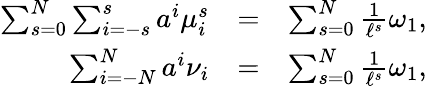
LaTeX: \begin{array}{rlr}{\sum_{s=0}^{N}\sum_{i=-s}^{s}a^{i}\mu_{i}^{s}}&{=}&{\sum_{s=0}^{N}\frac{1}{\ell^{s}}\omega_{1},}\\ {\sum_{i=-N}^{N}a^{i}\nu_{i}}&{=}&{\sum_{s=0}^{N}\frac{1}{\ell^{s}}\omega_{1},}\end{array}